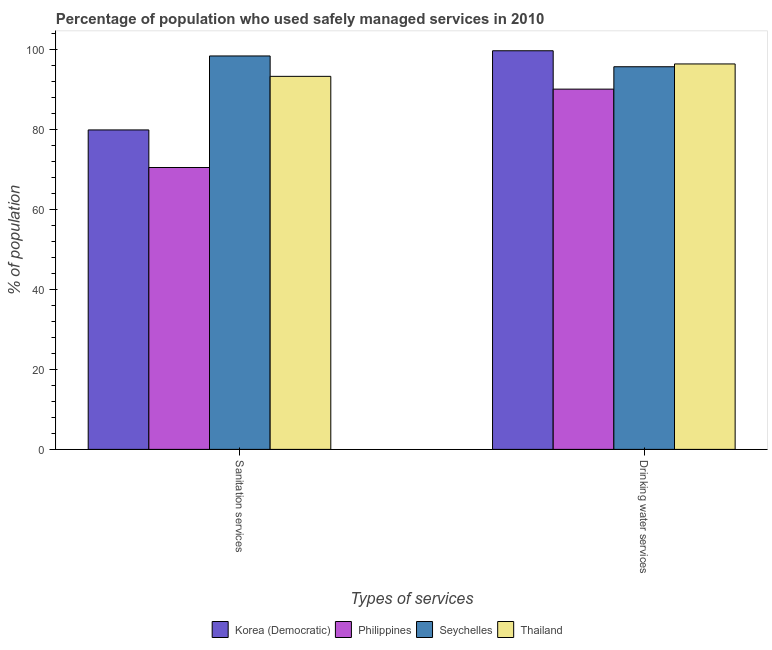
| Types of services | Korea (Democratic) | Philippines | Seychelles | Thailand |
 | --- | --- | --- | --- | --- |
 | Sanitation services | 79.9 | 70.5 | 98.4 | 93.3 |
 | Drinking water services | 99.7 | 90.1 | 95.7 | 96.4 |